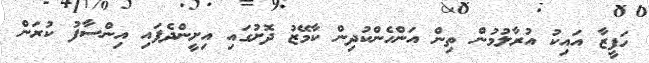
ހަފީޒާ އައިކު އުރާލުމުން ތިން އަންހެންކުދިން ކާމޭޒު ދޮށުގައި އިށީންދެފައި އިންސާފު ކުރަން